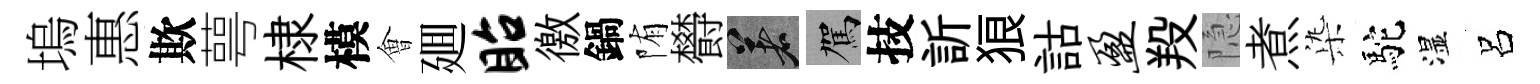
塢惠欺萼棣模㑹廽眙徼鍋陏欎著駕技訢狼詁盈羖隐煮𣑱駝湿呂